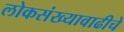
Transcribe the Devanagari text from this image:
लोकसंख्यावाढीचे